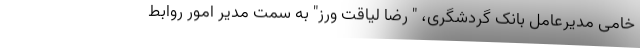
خامی مدیرعامل بانک گردشگری، " رضا لیاقت ورز" به سمت مدیر امور روابط